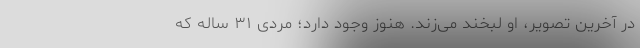
در آخرین تصویر، او لبخند می‌زند. هنوز وجود دارد؛ مردی ۳۱ ساله که